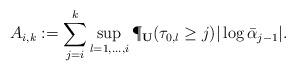
LaTeX: \begin{align*}A_{i,k}:=\sum_{j=i}^k\sup_{l=1,\ldots,i}\P_{\bf U}(\tau_{0,l}\ge j)|\log\bar\alpha_{j-1}|.\end{align*}